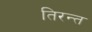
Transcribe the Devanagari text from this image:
तिरन्त